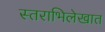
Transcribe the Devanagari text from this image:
स्तराभिलेखात